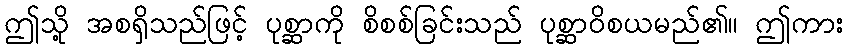
ဤသို့ အစရှိသည်ဖြင့် ပုစ္ဆာကို စိစစ်ခြင်းသည် ပုစ္ဆာဝိစယမည်၏။ ဤကား